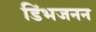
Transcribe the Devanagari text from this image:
डिंभजनन